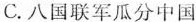
C.八国联军瓜分中国